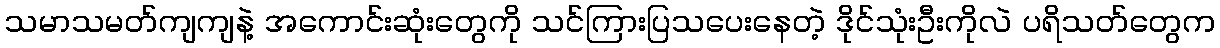
သမာသမတ်ကျကျနဲ့ အကောင်းဆုံးတွေကို သင်ကြားပြသပေးနေတဲ့ ဒိုင်သုံးဦးကိုလဲ ပရိသတ်တွေက